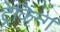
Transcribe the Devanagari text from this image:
ट्रेकिन्ग